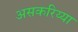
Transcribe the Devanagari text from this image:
असकरिय्या